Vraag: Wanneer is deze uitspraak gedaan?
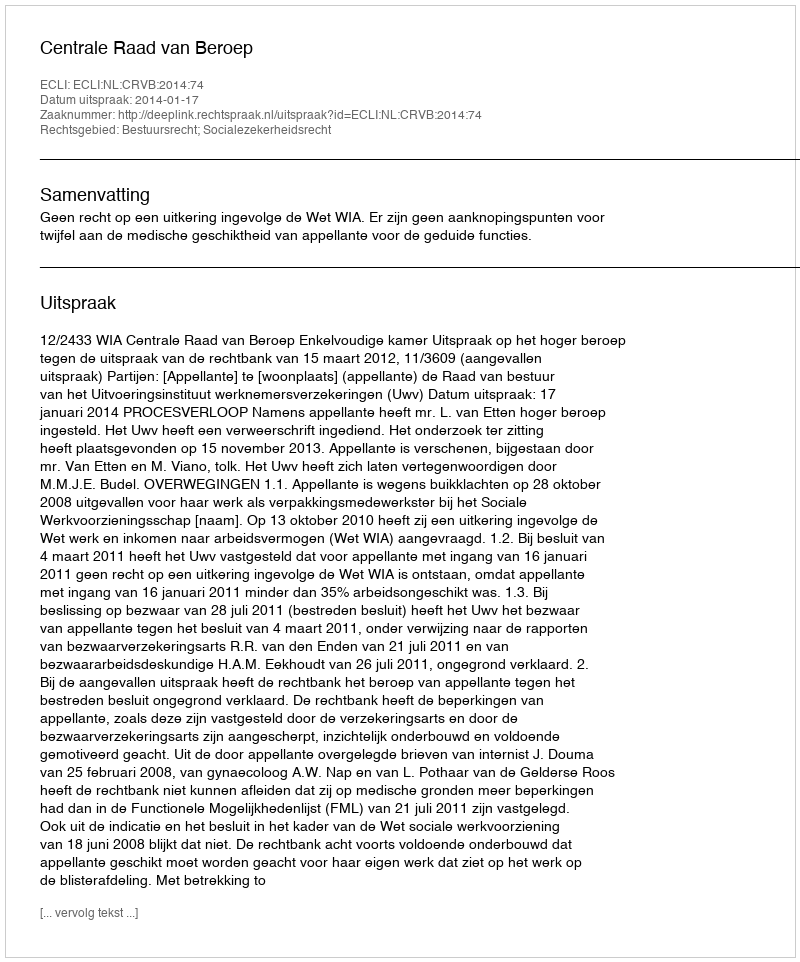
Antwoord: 2014-01-17